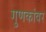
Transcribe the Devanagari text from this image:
गुणकांवर